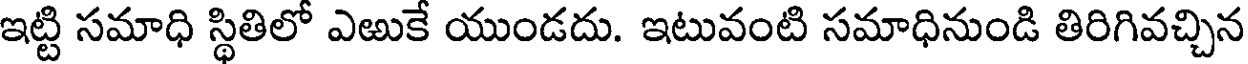
ఇట్టి సమాధి స్థితిలో ఎఱుకే యుండదు. ఇటువంటి సమాధినుండి తిరిగివచ్చిన